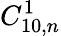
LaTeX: C_{10,n}^{1}